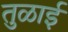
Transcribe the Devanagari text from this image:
तुळाई